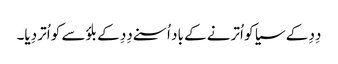
دِدِ کے سیا کو اُترنے کے باد اُسنے دِدِ کے بلؤسے کو اُتر دِیا۔